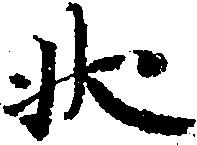
状